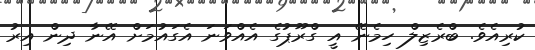
ކުރިއެވެ. ބްރެޒިލް ހިމެނޭ އީ ގްރޫޕުގެ އެއްވަނަ އެގައުމަށް އޭނާ ދިން އިރު